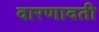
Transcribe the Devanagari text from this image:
वारणावती